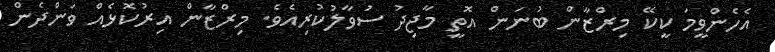
އެހެންވީމަ ކީކޭ މިރްޒާން ބުނަން އޮތީ މާޖިދު ސުވާލުކުރިއެވެ. މިރްޒާން އިރުކޮޅެއް ވަންދެން